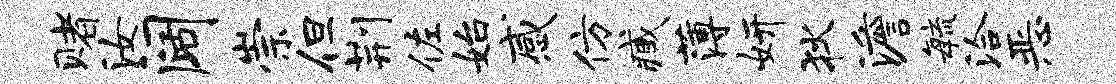
赌汝阔崇但荆佐始感仿臧薄妍狄澹敏洽恶